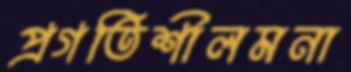
প্রগতিশীলমনা